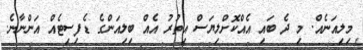
މިލިއަނެއް. މި ދެ ބައި އެއްކޮށްލިޔަސް އިތުރު އެއް ބިިލިއަންގެ ޑެފިސިޓެއް އަންނާނެ.